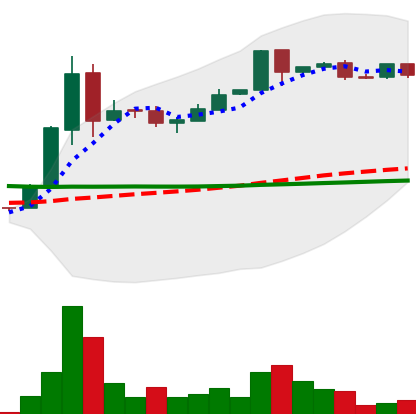
Ticker: DOGE-USD
Chart end date: 2018-09-17
Forward return: -7.769%
Label: down_7plus